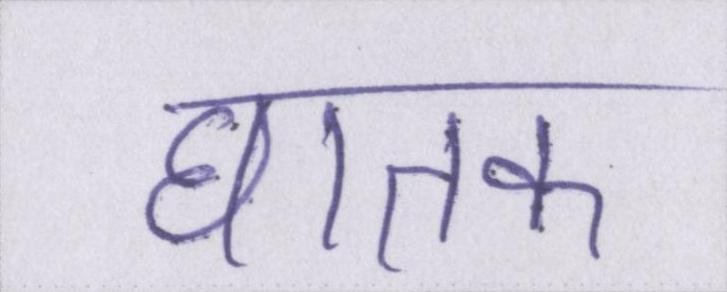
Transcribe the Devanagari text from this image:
घातक